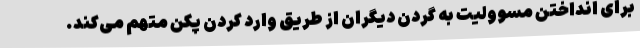
برای انداختن مسوولیت به گردن دیگران از طریق وارد کردن پکن متهم می‌کند.